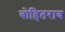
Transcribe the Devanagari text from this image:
बोहितराव